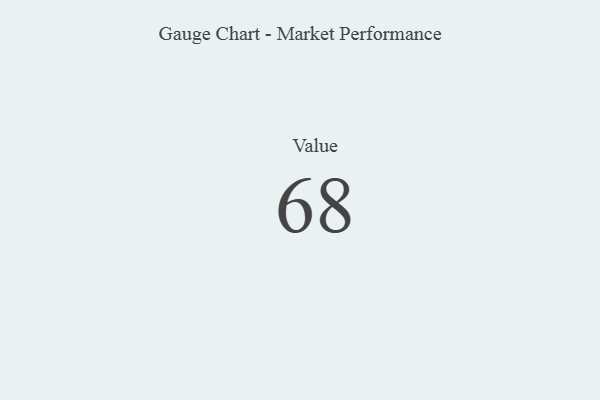
{"axis": {"x": "Metric", "y": "Value"}, "legend": [""], "data": [{"x": "Value", "y": 68, "type": ""}]}